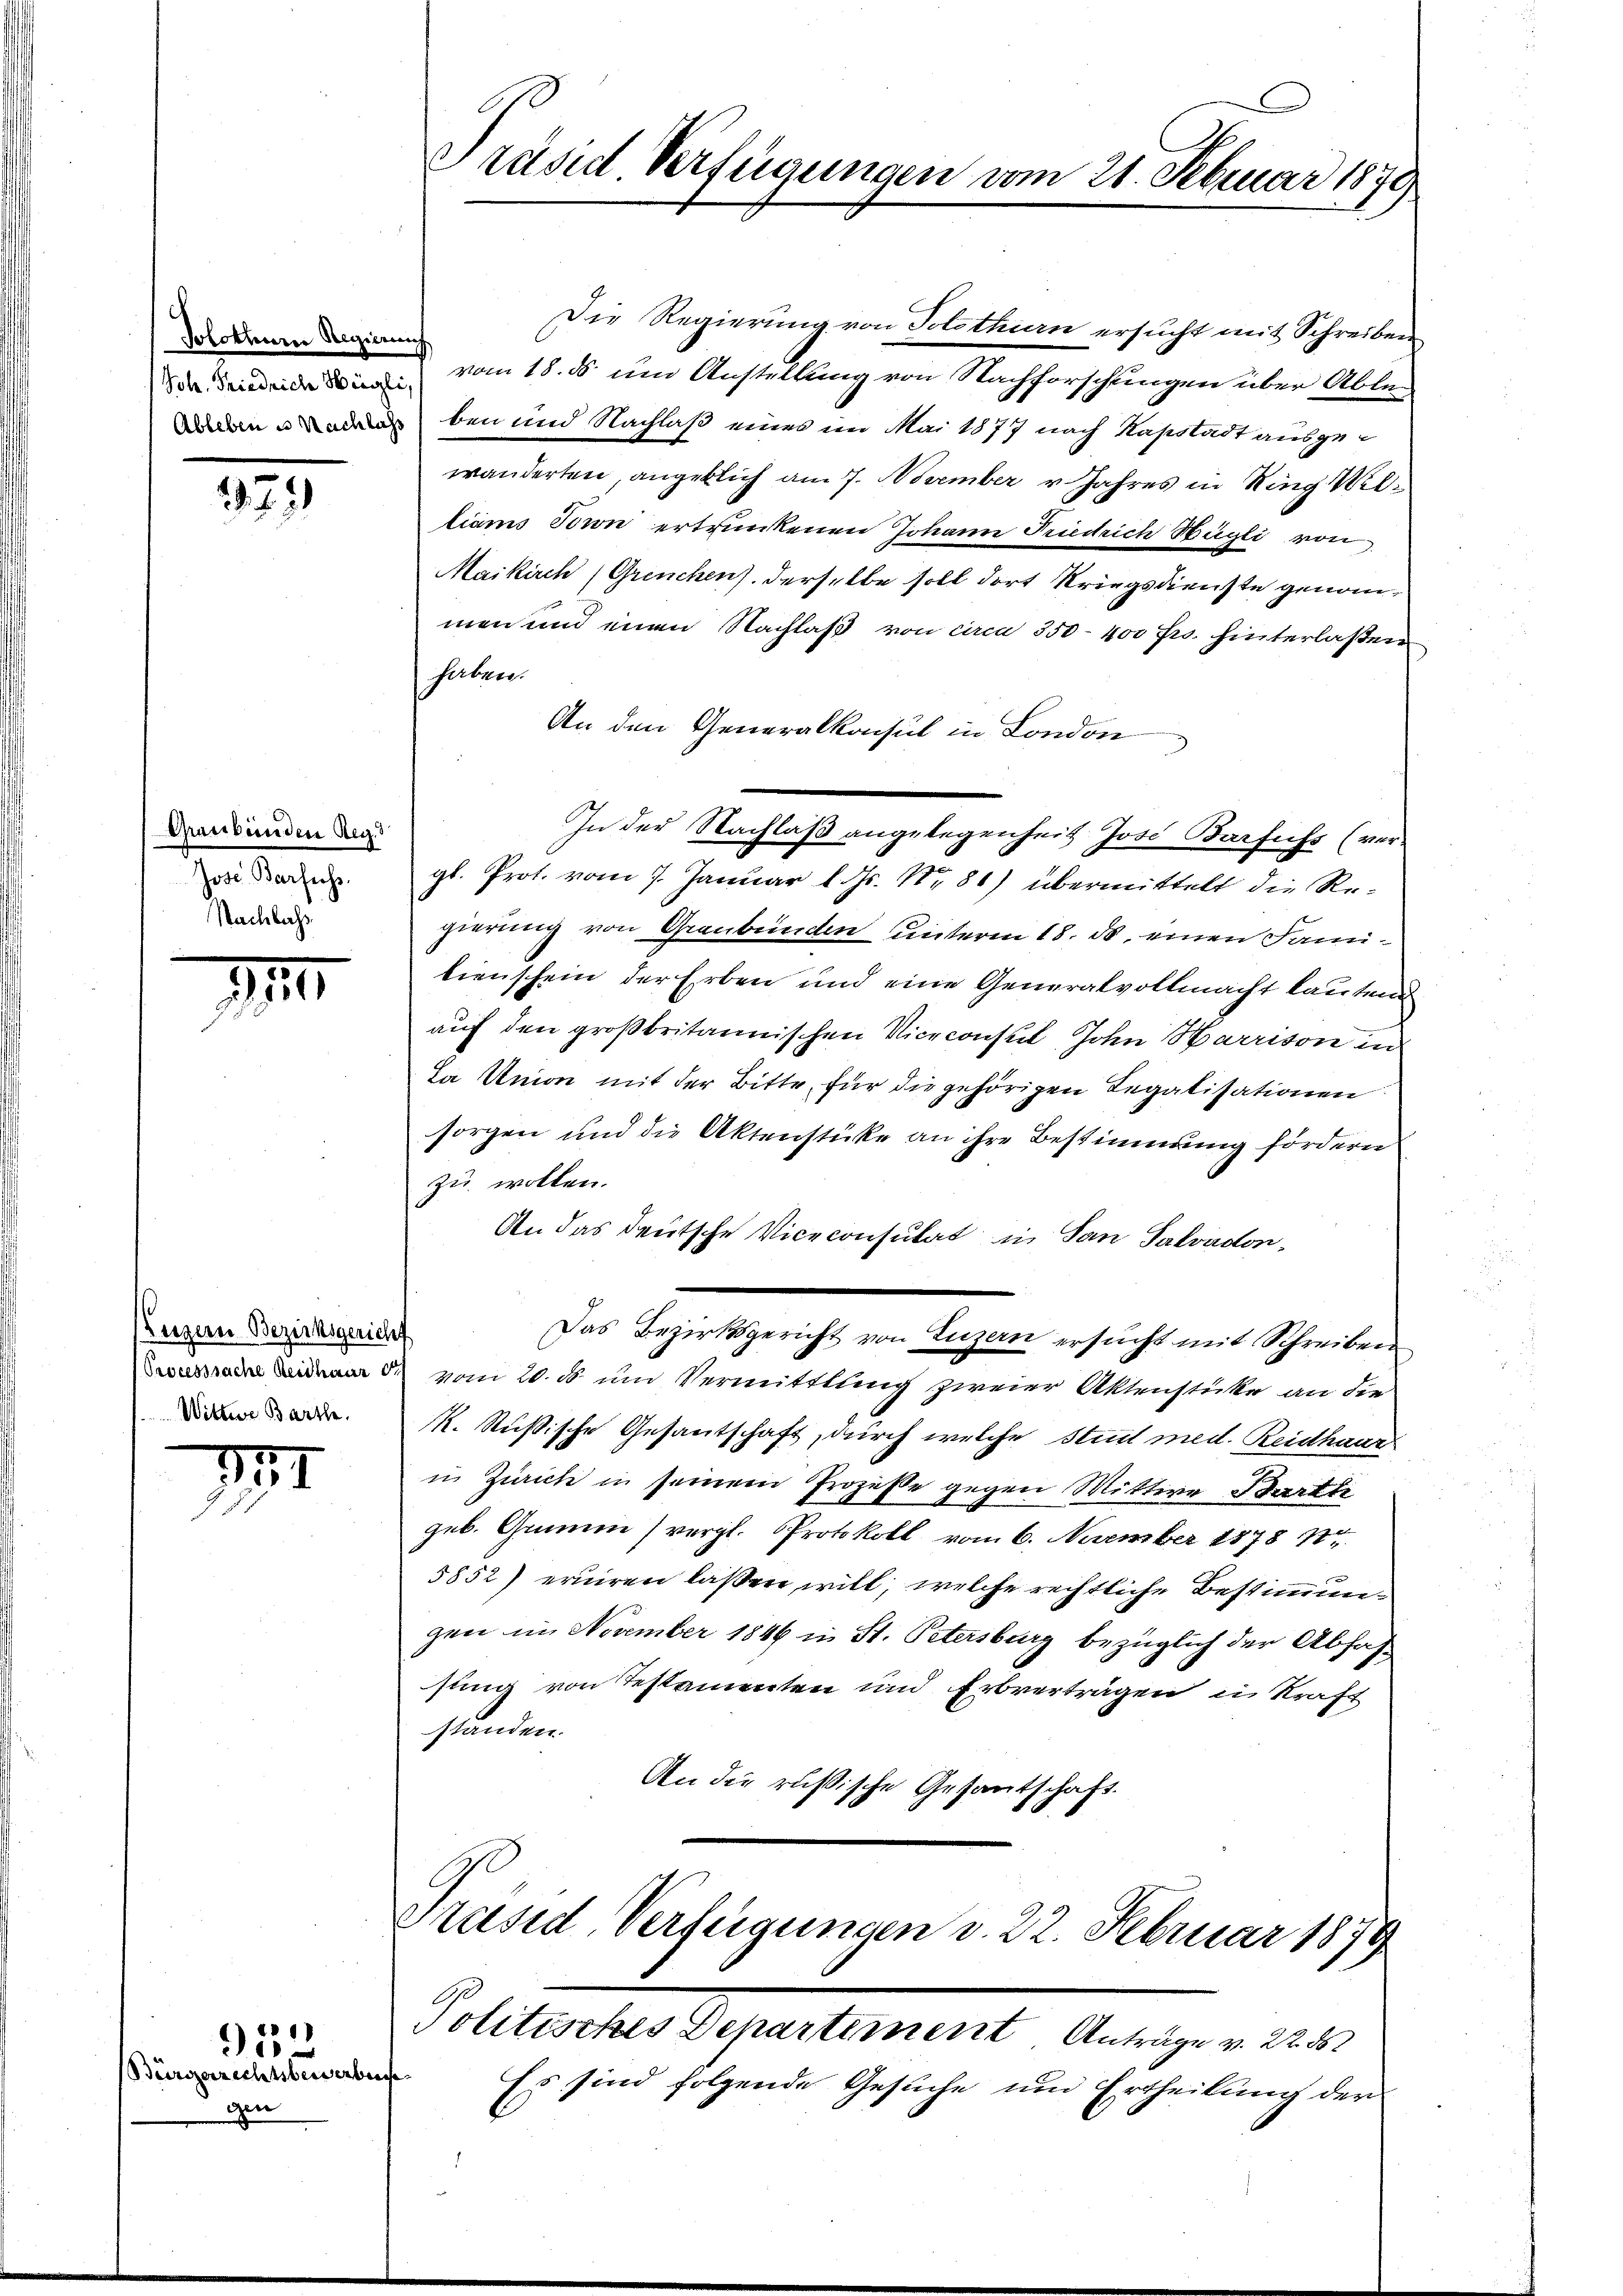
Solothurn Regierung

279)

Graubünden Reg.
Jose Barfechs.
Nachlass

11

Luzern Bezirksgericht
Wittwe Barthe

III

Bürgerrechtsbewerben

gen

421
.

Präsid Verfügungen vom 21. Februar 1879

Die Regierung von Solothurn ersucht mit Schreiben
 vom 18. ds. um Anstellung von Nachforschungen über Ablen eben und Nachlaß eines im Mai 1877 nach Kasstadt ausgewanderten, angeblich am 7. November v. Jahres in Ring Williams Baron ertrunkenen Johann Friedrich Hügli von
Maikirch (Grenchens derselbe soll dort Kriegsdienste genommen und einen Nachlaß von circa 350 - 400 Js. hinterlaßen
haben.
An den Generalkonsul in London
In der Nachlaß angelegenheit Jose Barfuss (ver-
gl. Prot. vom 7. Januar l. Js. Nr. 80) übermittelt die Regierung von Graubünden unterm 18. ds. einen Familienschein der Erben und eine Generalvollmacht lautend
auf den großbritannischen Viceconsul, John Harrison in
Da Union mit der Bitte, für die gehörigen Regalisationen
sorgen und die Aktenstücke an ihre Bestimmung fördern
zu wollen.
An das deutsche Viceconsulat in San Salvadon¬
Das Bezirksgericht von Luzern ersucht mit Schreiben
 vom 20. d. und Vermitttung zweier Aktenstüke an die
K. Rußische Gesantschaft, durch welche Stuit med. Reidhaar
i Zürich in seinem Prozesse gegen Mittere Bratte
geb. Ginne (vergl. Protokoll vom 6. Neember 1878 n
5852) eruiren laßen will, welche rechtliche Bestimmungen im November 1846 in St. Petersburg bezüglich der Abfassung von Testamenten und Erbverträgen in Kraft
standen.
An die russische Gesantschaft.
Präsid. Verfeigungen v. 22. Februar 1879
Politisches Departement Anträge v. 22. 8
¬
Es sind folgende Gesuche um Ertheilung der